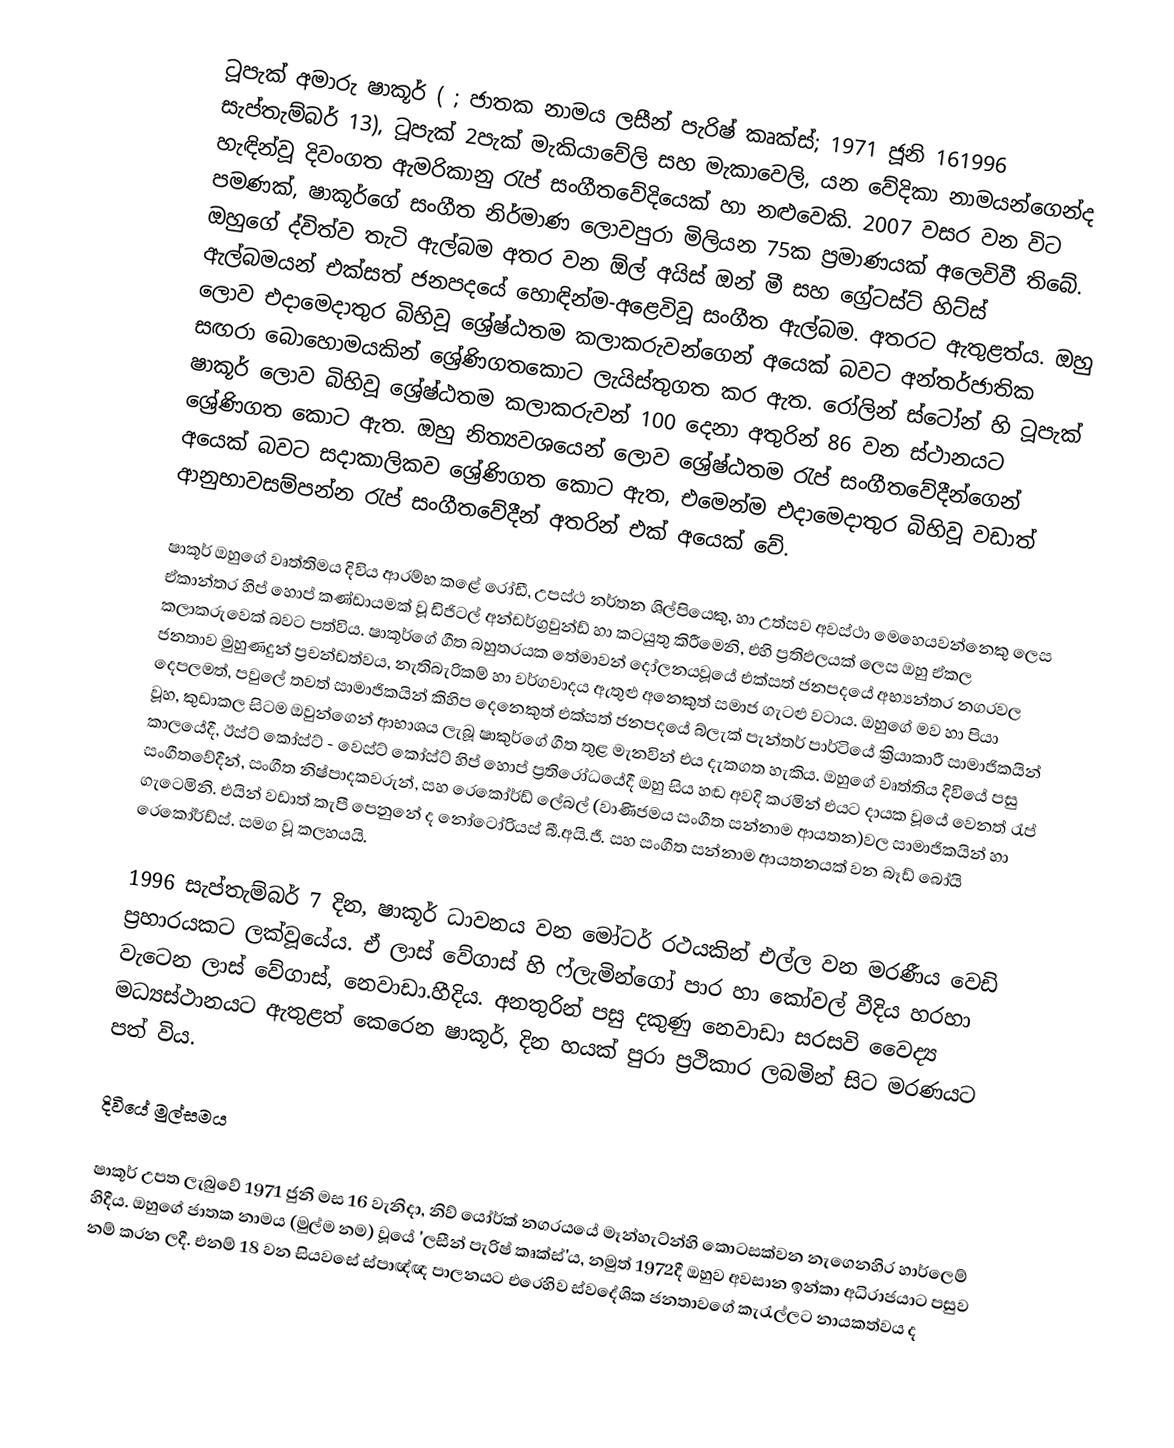
ටූපැක් අමාරු ෂාකූර් (  ; ජාතක නාමය ලසීන් පැරිෂ් කෘක්ස්; 1971 ජූනි 161996 සැප්තැම්බර් 13), ටූපැක් 2පැක් මැකියාවේලි සහ මැකාවෙලි, යන වේදිකා නාමයන්ගෙන්ද හැඳින්වූ දිවංගත ඇමරිකානු රැප් සංගීතවේදියෙක් හා නළුවෙකි. 2007 වසර වන විට පමණක්, ෂාකූර්ගේ සංගීත නිර්මාණ ලොවපුරා මිලියන 75ක ප්‍රමාණයක් අලෙවිවී තිබේ. ඔහුගේ ද්විත්ව තැටි ඇල්බම අතර වන ඕල් අයිස් ඔන් මී සහ ග්‍රේටස්ට් හිට්ස් ඇල්බමයන් එක්සත් ජනපදයේ හොඳින්ම-අළෙවිවූ සංගීත ඇල්බම. අතරට ඇතුළත්ය. ඔහු ලොව එදාමෙදාතුර බිහිවූ ශ්‍රේෂ්ඨතම කලාකරුවන්ගෙන් අයෙක් බවට අන්තර්ජාතික සඟරා බොහොමයකින් ශ්‍රේණිගතකොට ලැයිස්තුගත කර ඇත. රෝලින් ස්ටෝන් හි ටූපැක් ෂාකූර් ලොව බිහිවූ ශ්‍රේෂ්ඨතම කලාකරුවන් 100 දෙනා අතුරින් 86 වන ස්ථානයට ශ්‍රේණිගත කොට ඇත.  ඔහු නිත්‍යවශයෙන් ලොව ශ්‍රේෂ්ඨතම රැප් සංගීතවේදීන්ගෙන් අයෙක් බවට සදාකාලිකව ශ්‍රේණිගත කොට ඇත, එමෙන්ම එදාමෙදාතුර  බිහිවූ වඩාත් ආනුභාවසම්පන්න රැප් සංගීතවේදීන් අතරින් එක් අයෙක් වේ.

ෂාකූර් ඔහුගේ වෘත්තිමය දිවිය ආරම්භ කළේ රෝඩී, උපස්ථ නර්තන ශිල්පියෙකු, හා උත්සව අවස්ථා මෙහෙයවන්නෙකු ලෙස ඒකාන්තර හිප් හොප් කණ්ඩායමක් වූ ඩිජිටල් අන්ඩර්ග්‍රවුන්ඩ් හා කටයුතු කිරීමෙනි, එහි ප්‍රතිඵලයක් ලෙස ඔහු ඒකල කලාකරුවෙක් බවට පත්විය. ෂාකූර්ගේ ගීත බහුතරයක තේමාවන් දෝලනයවූයේ එක්සත් ජනපදයේ අභ්‍යන්තර නගරවල ජනතාව මුහුණදුන් ප්‍රචන්ඩත්වය, නැතිබැරිකම් හා වර්ගවාදය ඇතුළු අනෙකුත් සමාජ ගැටළු වටාය. ඔහුගේ මව හා පියා දෙපලමත්, පවුලේ තවත් සාමාජිකයින් කිහිප දෙනෙකුත් එක්සත් ජනපදයේ බ්ලැක් පැන්තර් පාර්ටියේ ක්‍රියාකාරී සාමාජිකයින් වූහ, කුඩාකල සිටම ඔවුන්ගෙන් ආභාශය ලැබූ ෂාකුර්ගේ ගීත තුළ මැනවින් එය දැකගත හැකිය. ඔහුගේ වෘත්තිය දිවියේ පසු කාලයේදී, ඊස්ට් කෝස්ට් - වෙස්ට් කෝස්ට් හිප් හොප් ප්‍රතිරෝධයේදී ඔහු සිය හඬ අවදි කරමින් එයට දායක වූයේ වෙනත් රැප් සංගීතවේදීන්, සංගීත නිෂ්පාදකවරුන්, සහ රෙකෝර්ඩ් ලේබල් (වාණිජමය සංගීත සන්නාම ආයතන)වල සාමාජිකයින් හා ගැටෙමිනි. එයින් වඩාත් කැපී පෙනුනේ  ද නෝටෝරියස් බී.අයි.ජී. සහ සංගීත සන්නාම ආයතනයක් වන බෑඩ් බෝයි රෙකෝර්ඩ්ස්. සමග වූ කලහයයි.

1996 සැප්තැම්බර් 7 දින, ෂාකූර් ධාවනය වන මෝටර් රථයකින් එල්ල වන මරණීය වෙඩි ප්‍රහාරයකට ලක්වූයේය. ඒ ලාස් වේගාස් හි ෆ්ලැමින්ගෝ පාර හා කෝවල් වීදිය හරහා වැටෙන ලාස් වේගාස්, නෙවාඩා.හීදිය. අනතුරින් පසු දකුණු නෙවාඩා සරසවි වෛද්‍ය මධ්‍යස්ථානයට ඇතුළත් කෙරෙන ෂාකූර්, දින හයක් පුරා ප්‍රථිකාර ලබමින් සිට මරණයට පත් විය.

දිවියේ මුල්සමය

ෂාකූර් උපත ලැබුවේ 1971 ජුනි මස 16 වැනිදා, නිව් යෝර්ක් නගරයයේ මෑන්හැට්න්හි කොටසක්වන නැගෙනහිර හාර්ලෙම් හිදීය. ඔහුගේ ජාතක නාමය (මුල්ම නම) වූයේ 'ලසීන් පැරිෂ් කෘක්ස්'ය, නමුත් 1972දී ඔහුව අවසාන ඉන්කා අධිරාජයාට පසුව නම් කරන ලදී. එනම් 18 වන සියවසේ ස්පාඥ්ඥ පාලනයට එරෙහිව ස්වදේශික ජනතාවගේ කැරැල්ලට නායකත්වය ද